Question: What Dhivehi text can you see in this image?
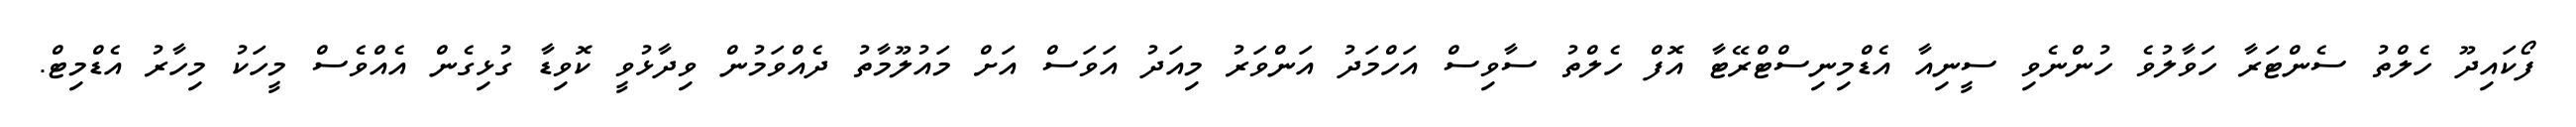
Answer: ފޯކައިދޫ ހެލްތު ސެންޓަރާ ހަވާލުވެ ހުންނެވި ސީނިއާ އެޑްމިނިސްޓްރޭޓާ އޮފް ހެލްތު ސާވިސް އަހްމަދު އަންވަރު މިއަދު އަވަސް އަށް މައުލޫމާތު ދެއްވަމުން ވިދާޅުވީ ކޮވިޑާ ގުޅިގެން އެއްވެސް މީހަކު މިހާރު އެޑްމިޓް.